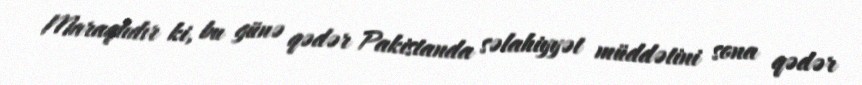
Maraqlıdır ki, bu günə qədər Pakistanda səlahiyyət müddətini sona qədər